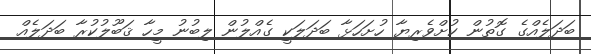
ބަދަލެއްގެ ގޮތުން ކުށްވެރިޔާ ހުށަހަޅާ ބަދަލަކީ ގެއްލުން ލިބުނު މީހާ ޤަބޫލުކުރާ ބަދަލެއް